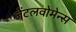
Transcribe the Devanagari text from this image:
जेंटलवोमेन्स